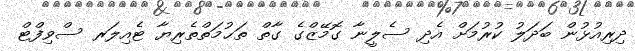
ދިރިއުޅުން ބަދަލު ކުރުމަށް އެދި ސެލީނާ ގޮމޭޒްގެ ގާތް ތަޙުމަތްތެރިޔާ ޓެއިލަރ ސްވިފްޓް